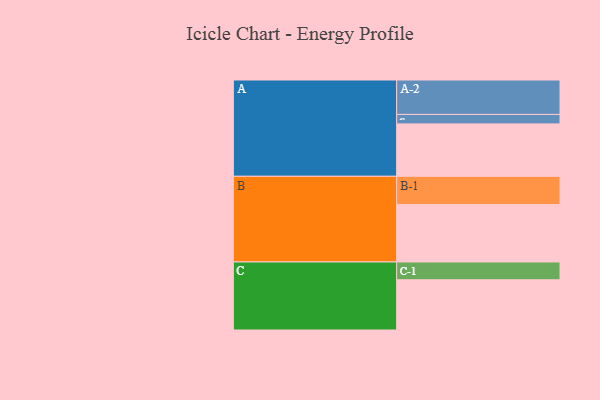
{"axis": {"x": "Segment", "y": "Value"}, "legend": ["", "A", "B", "C"], "data": [{"x": "A", "y": 315, "type": ""}, {"x": "B", "y": 345, "type": ""}, {"x": "C", "y": 302, "type": ""}, {"x": "A-1", "y": 57, "type": "A"}, {"x": "A-2", "y": 207, "type": "A"}, {"x": "B-1", "y": 170, "type": "B"}, {"x": "C-1", "y": 107, "type": "C"}]}